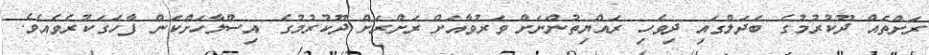
ރަށްތައް ދޫކުރުމުގެ ބަދަލްގައި ދިވެހި ރައްޔިތުންނަށް ވަރުވާއަށް ރަށްރަށް ދޫކުރުމުގެ އިސްލާހަށްކަން ފާހަގަކުރެވެއެވެ.